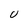
Character: U